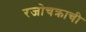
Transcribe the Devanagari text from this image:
रजोचक्राची